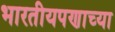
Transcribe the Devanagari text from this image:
भारतीयपणाच्या